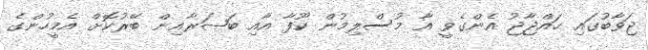
ޖަވާބުގައި ޙައްޖާޖު އެންގެވީ އާ މުސްލިމުން ކޫފާ އާއި ބަޞަރާއިން ބޭރުކޮށް އެމީހުންގެ